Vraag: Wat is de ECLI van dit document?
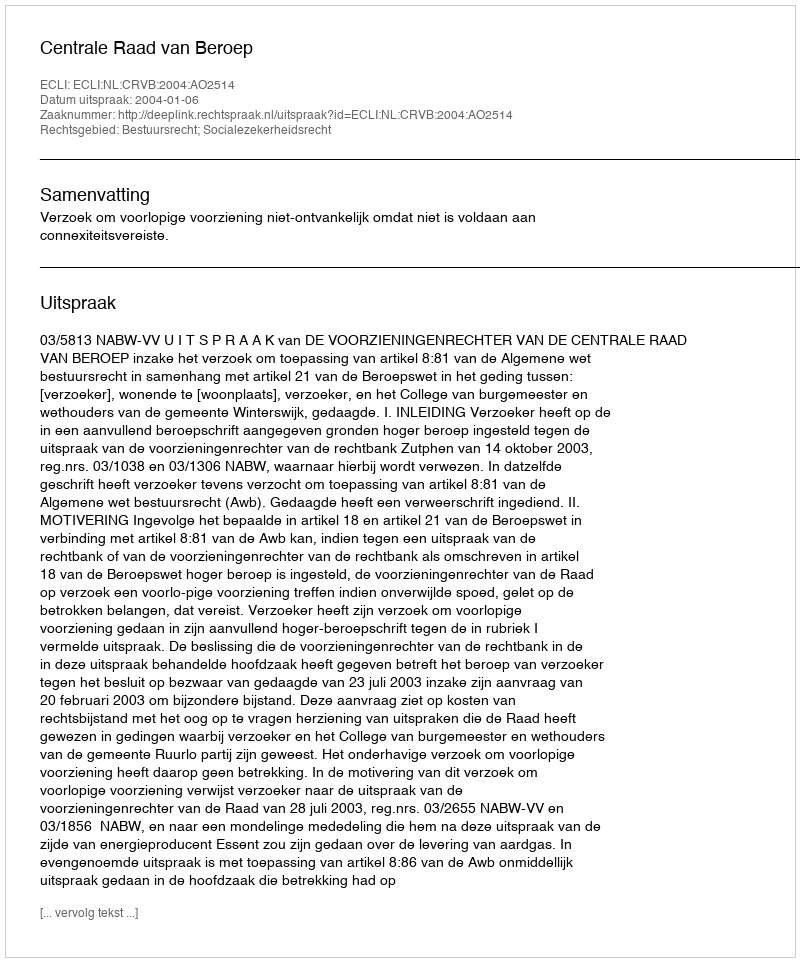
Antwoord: ECLI:NL:CRVB:2004:AO2514